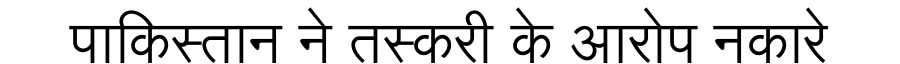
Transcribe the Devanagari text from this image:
पाकिस्तान ने तस्करी के आरोप नकारे